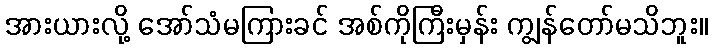
အားယားလို့ အော်သံမကြားခင် အစ်ကိုကြီးမှန်း ကျွန်တော်မသိဘူး။